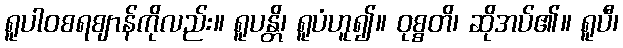
ရူပါဝစရဈာန်ကိုလည်း။ ရူပန္တိ၊ ရူပံဟူ၍။ ဝုစ္စတိ၊ ဆိုအပ်၏။ ရူပီ၊